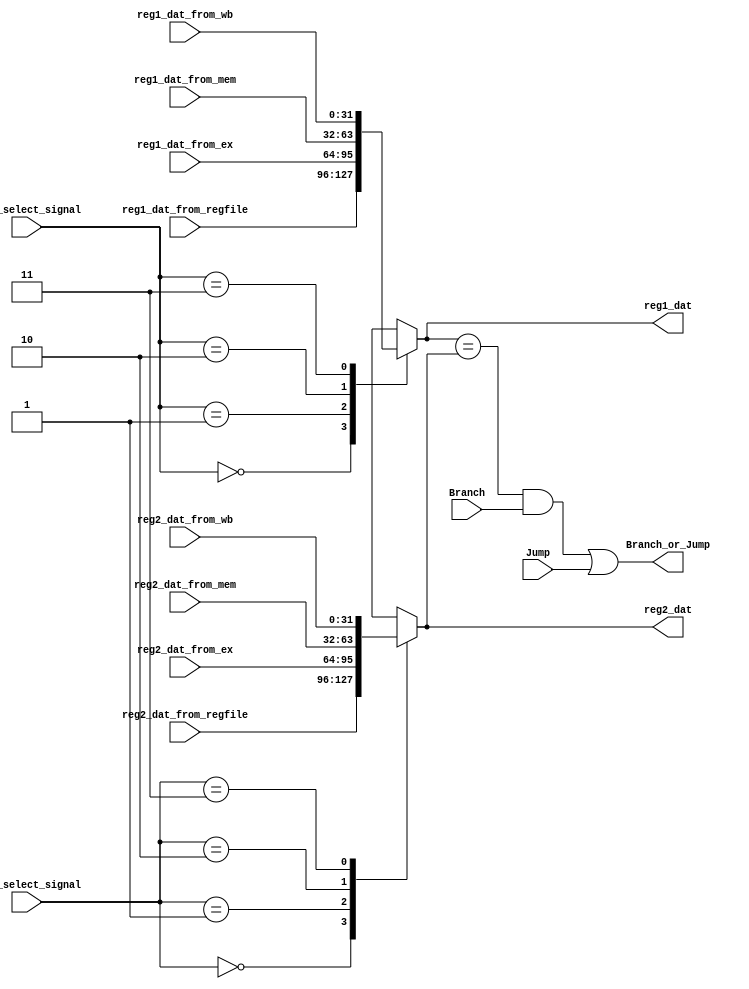
module mult4_1(
    //input reg1
    reg1_dat_from_regfile,
    reg1_dat_from_ex,
    reg1_dat_from_mem,
    reg1_dat_from_wb,
    red1_select_signal,
    //input reg2
    reg2_dat_from_regfile,
    reg2_dat_from_ex,
    reg2_dat_from_mem,
    reg2_dat_from_wb,
    red2_select_signal,
    //input 
    Branch,
    Jump,
    //output
    reg1_dat,
    reg2_dat,
    Branch_or_Jump
);

//input reg1
input [31:0] reg1_dat_from_regfile;
input [31:0] reg1_dat_from_ex;
input [31:0] reg1_dat_from_mem;
input [31:0] reg1_dat_from_wb;
input [1:0] red1_select_signal;
//input reg2
input [31:0] reg2_dat_from_regfile;
input [31:0] reg2_dat_from_ex;
input [31:0] reg2_dat_from_mem;
input [31:0] reg2_dat_from_wb;
input [1:0] red2_select_signal;
//input  
input Branch;
input Jump;
//output
output reg [31:0] reg1_dat;
output reg [31:0] reg2_dat;
output Branch_or_Jump;

assign Branch_or_Jump = ((reg1_dat == reg2_dat) && Branch) || Jump;

always@(*) begin
  case(red1_select_signal)
    2'b00:
      reg1_dat <= reg1_dat_from_regfile;
    2'b01:
      reg1_dat <= reg1_dat_from_ex;
    2'b10:
      reg1_dat <= reg1_dat_from_mem;
    2'b11:
      reg1_dat <= reg1_dat_from_wb;
  endcase   
end

always@(*) begin
  case(red2_select_signal)
    2'b00:
      reg2_dat <= reg2_dat_from_regfile;
    2'b01:
      reg2_dat <= reg2_dat_from_ex;
    2'b10:
      reg2_dat <= reg2_dat_from_mem;
    2'b11:
      reg2_dat <= reg2_dat_from_wb;
  endcase   
end

endmodule